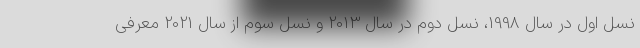
نسل اول در سال 1998، نسل دوم در سال 2013 و نسل سوم از سال 2021 معرفی